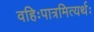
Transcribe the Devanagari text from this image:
वहिःपात्रमित्यर्थः